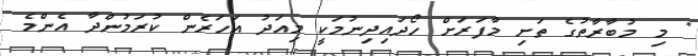
" މި މުބާރާތުގެ ތަށި މާފަރަށް ހޯދައިދިނުމަކީ މިއަދު އަހަރެން ކުރަމުންދާ އެންމެ